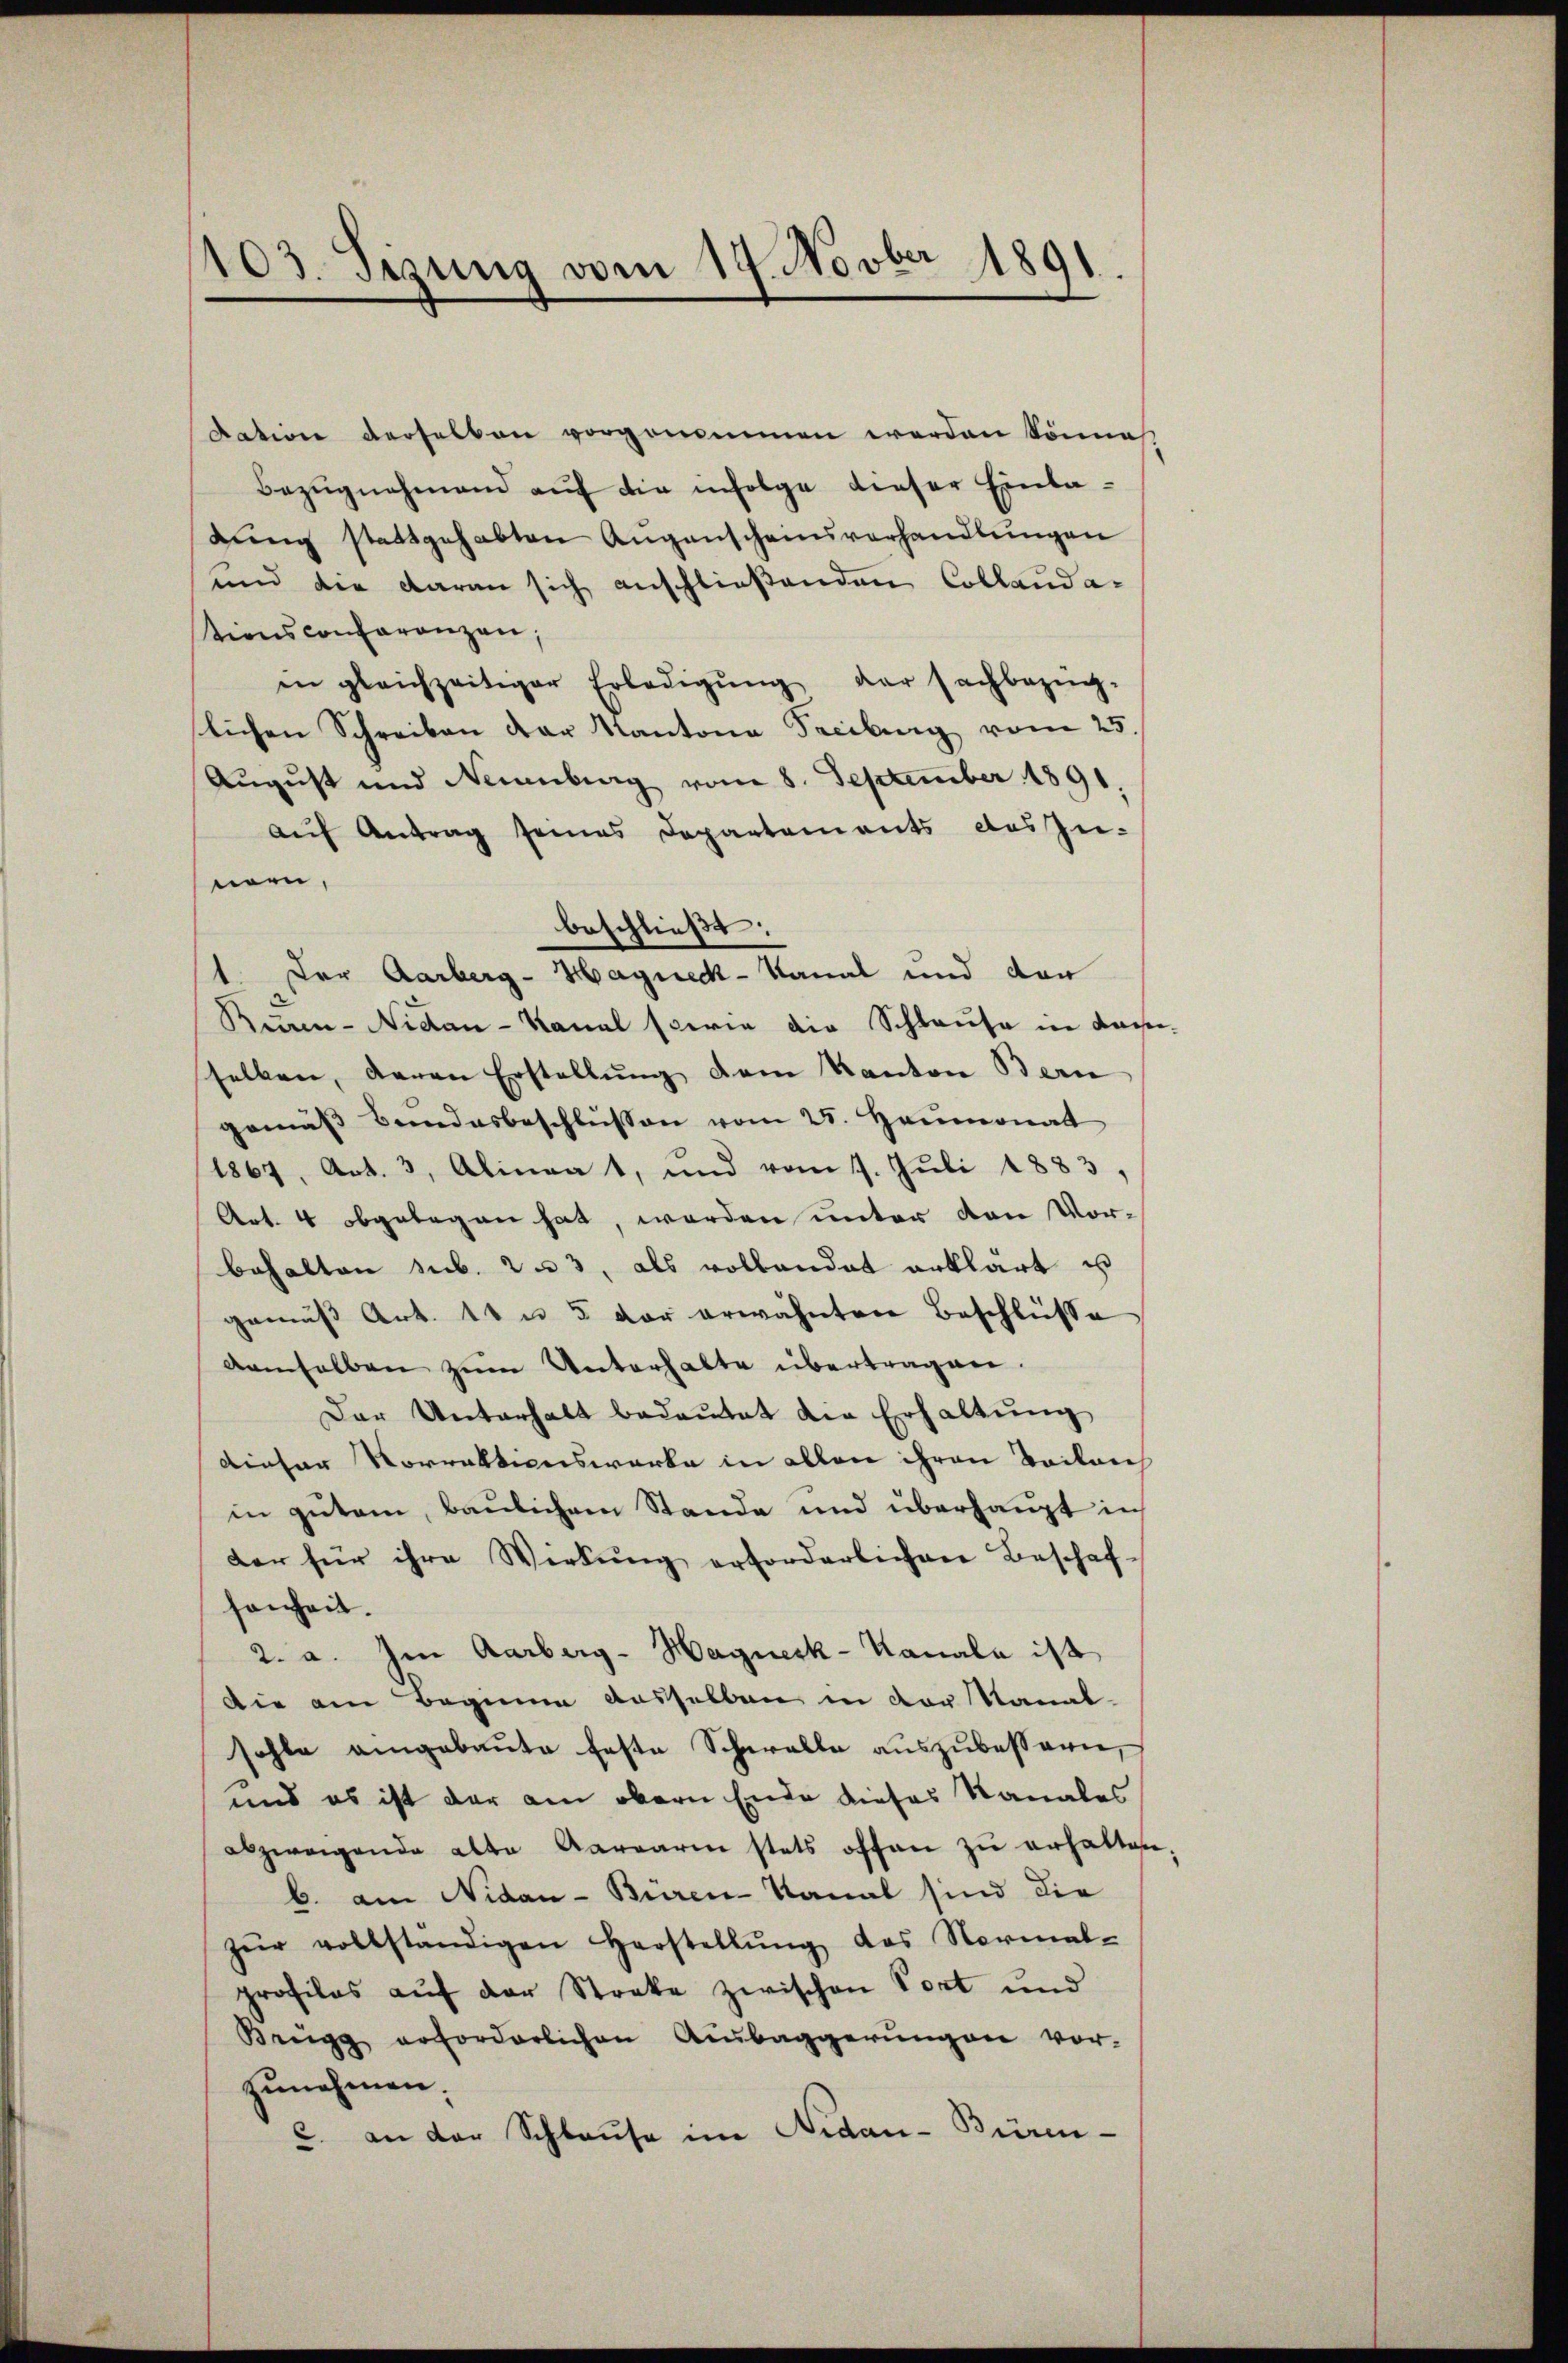
1103. Sizung vom 19. Novber 1891

dation derselben vorgenommen werden könne
Bezŭgnahmend aŭf die infolge dieser Einladung stattgehabten Augenscheinsverhandlungen
und die daran sich anschließenden Collaudationsconferenzen;
in gleichzeitiger Erledigŭng der sachbezüg-
lichen Schreiben der Kantona Treiburg vom 25.
August und Neuenburg vom 8. September 1891,
auf Antrag seines Departements das zu-
nern,
beschließt:
.
Der Aarberg-Hagneck - Kanal und dan
2
Rur-Nidau - Kanal sowie die Schlause in dasse
selben, deren Erstellŭng dem Kanton Bern
gemäβ Bandesbeschlüssen vom 25. Heumonat
1867, Art. 3, Alinea 1, und vom 1. Juli 1883,
Art. 4 obgelegen hat, werden unter von Vorbehalten sub. 253, als vollandat erklärt u
gemäß Art. 11 u. 5 vor erwähnten Beschlüsse
demselben zum Unterhalte übertragen
Der Unterhalt bedaŭtet die Erhaltŭng
dieser Norrektionswerke in allen ihren Beilan
in gutem, baulichem Stande und überhaupt in
der für ihre Wirkung erforderlichen Beschaf-
sonheit.
2. a. Im Aarberg-Hagnesk-Kanala ist
Die am Beginne ausselben in der Kanal-
fehle angebaute feste Schwelle auszubessern,
und es ist der am obern Ende dieses Kanales
abzweigende alte Aargare stets offen zŭ erhalten.
b. am Nidau - Büren-Nanal sind die
zŭr vollständigen Herstellŭng des Normal-
profilos auf der Streke zwischen Port und
Brugg erforderlichen Ausbaggerungen vor-
zunehmen.
u. an der Schlause im Aidan-Büren¬